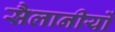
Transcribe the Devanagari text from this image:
सैलानीयों